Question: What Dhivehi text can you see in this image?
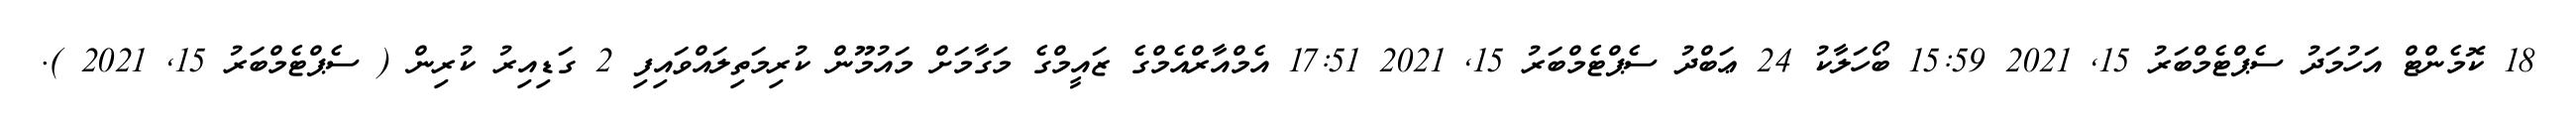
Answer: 18 ކޮމެންޓް އަހުމަދު ސެޕްޓެމްބަރު 15, 2021 15:59 ބޯހަލާކު 24 ޢަބްދު ސެޕްޓެމްބަރު 15, 2021 17:51 އެމްއާރްއެމްގެ ޒައީމްގެ މަގާމަށް މައުމޫން ކުރިމަތިލައްވައިފި 2 ގަޑިއިރު ކުރިން ( ސެޕްޓެމްބަރު 15, 2021 ).